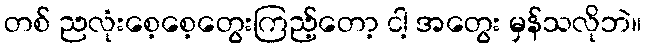
တစ် ညလုံးစေ့စေ့တွေးကြည့်တော့ ငါ့ အတွေး မှန်သလိုဘဲ။